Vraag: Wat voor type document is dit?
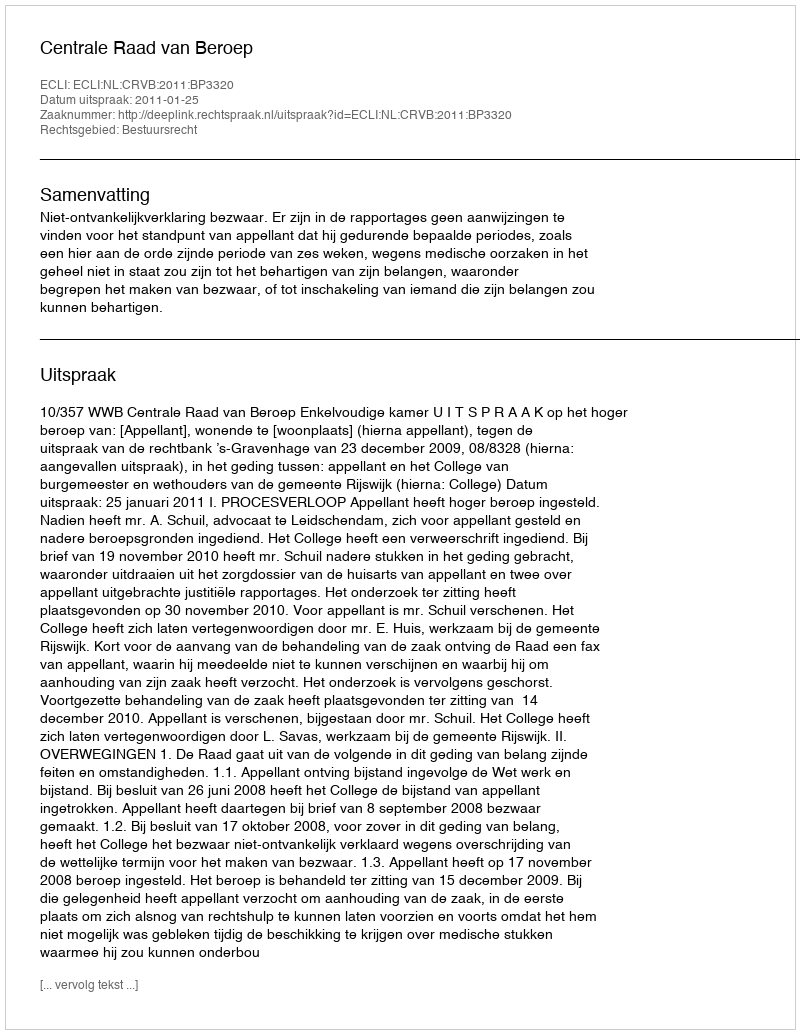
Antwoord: Uitspraak